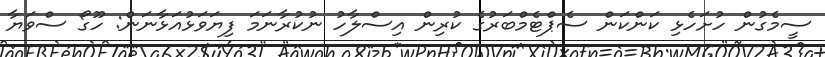
ސީމެގުން ހުށަހެޅި ކަންކަން ސެޕްޓެމްބަރުގެ ކުރިން އިސްލާހު ނުކުރާނަމަ ފިޔަވަޅުއަޅާނަން: ހޫގޯ ސްވަޔާ